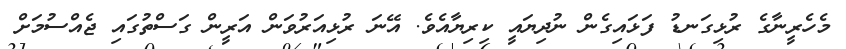
މެހެރީނާގެ ރުޅިގަނޑު ފަޅައިގެން ނުދިޔައީ ކިރިޔާއެވެ. އޭނަ ރުޅިއަރުވަން އަރީން ގަސްތުގައި ޖެއްސުމަށް